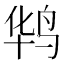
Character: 𪉊